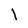
Character: l